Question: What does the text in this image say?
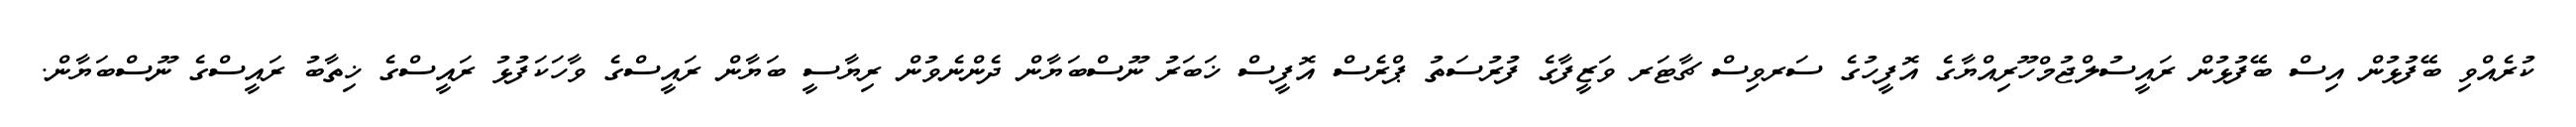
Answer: ކުރެއްވި ބޭފުޅުން އިސް ބޭފުޅުން ރައީސުލްޖުމްހޫރިއްޔާގެ އޮފީހުގެ ސަރވިސް ޗާޓަރ ވަޒީފާގެ ފުރުސަތު ޕްރެސް އޮފީސް ޚަބަރު ނޫސްބަޔާން ދެންނެވުން ރިޔާސީ ބަޔާން ރައީސްގެ ވާހަކަފުޅު ރައީސްގެ ޚިތާބު ރައީސްގެ ނޫސްބަޔާން.